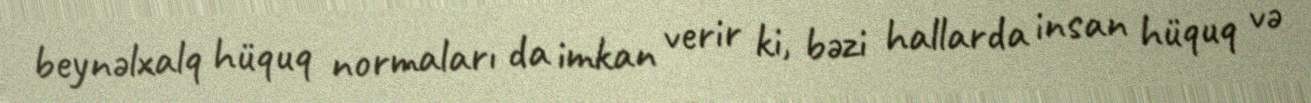
beynəlxalq hüquq normaları da imkan verir ki, bəzi hallarda insan hüquq və